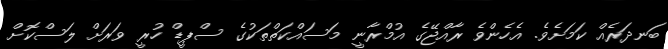
ބަނދަރެއް ކަމަށެވެ. އެހެންވެ ރާއްޖޭގެ އުމްރާނީ މަސައްކަތްތަކުގެ ސްޕީޑް ހުރީ ވަރަށް ލަސްކޮށް